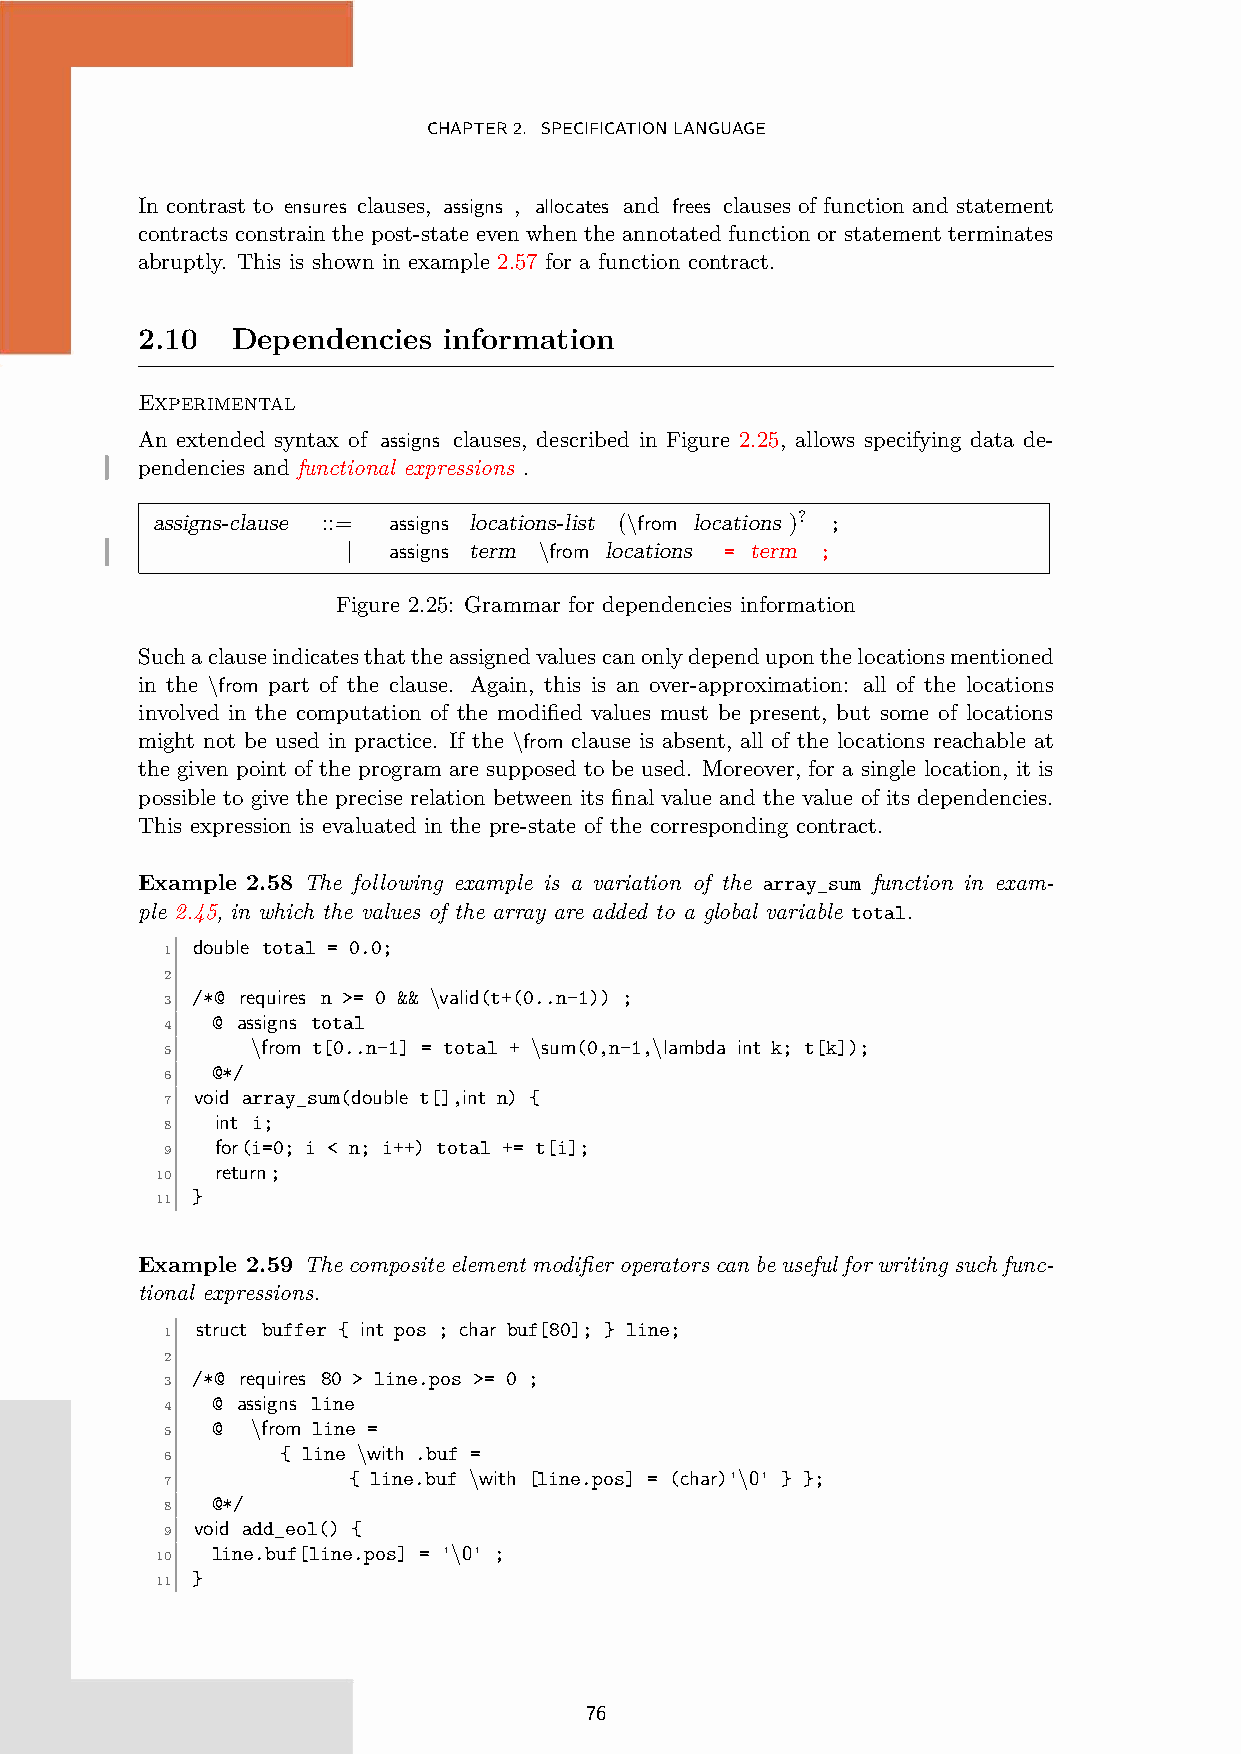
CHAPTER2. SPECIFICATIONLANGUAGE
 In contrast to ensures clauses, assigns , allocates and frees clauses of function and statement
 contracts constrain the post-state even when the annotated function or statement terminates
 abruptly. This is shown in example 2.57 for a function contract.
 2.10  Dependencies  information
 Experimental
 An extended syntax of assigns clauses, described in Figure 2.25, allows specifying data de-
 pendencies and functional expressions .
 assigns-clause ::= assigns locations-list (\from locations )? ;
 |  assigns term \from locations = term ;
 Figure 2.25: Grammar for dependencies information
 Suchaclauseindicatesthattheassignedvaluescanonlydependuponthelocationsmentioned
 in the \from part of the clause. Again, this is an over-approximation: all of the locations
 involved in the computation of the modified values must be present, but some of locations
 might not be used in practice. If the \from clause is absent, all of the locations reachable at
 the given point of the program are supposed to be used. Moreover, for a single location, it is
 possible to give the precise relation between its final value and the value of its dependencies.
 This expression is evaluated in the pre-state of the corresponding contract.
 Example 2.58 The following example is a variation of the array_sum function in exam-
 ple 2.45, in which the values of the array are added to a global variable total.
 double total = 0.0;
 1
 2
 /*@ requires n >= 0 && \valid(t+(0..n-1)) ;
 3
 @ assigns total
 4
 \from t[0..n-1] = total + \sum(0,n-1,\lambda int k; t[k]);
 5
 @*/
 6
 void array_sum(double t[],int n) {
 7
 int i;
 8
 for(i=0; i < n; i++) total += t[i];
 9
 return;
 10
 }
 11
 Example 2.59 Thecompositeelementmodifieroperatorscanbeusefulforwritingsuchfunc-
 tional expressions.
 struct buffer { int pos ; char buf[80]; } line;
 1
 2
 /*@ requires 80 > line.pos >= 0 ;
 3
 @ assigns line
 4
 @  \from line =
 5
 { line \with .buf =
 6
 { line.buf \with [line.pos] = (char)'\0' } };
 7
 @*/
 8
 void add_eol() {
 9
 line.buf[line.pos] = '\0' ;
 10
 }
 11
 76